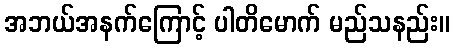
အဘယ်အနက်ကြောင့် ပါတိမောက် မည်သနည်း။